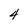
Character: 4